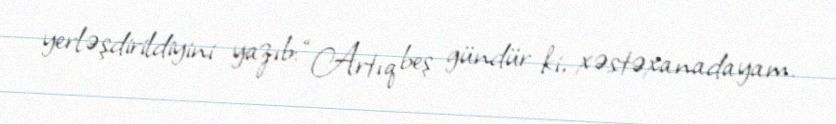
yerləşdirildiyini yazıb: “Artıq beş gündür ki, xəstəxanadayam.